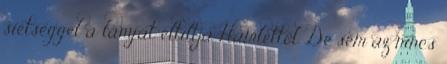
sietséggel a lányát eltiltja Hamlettől. De sem az nincs